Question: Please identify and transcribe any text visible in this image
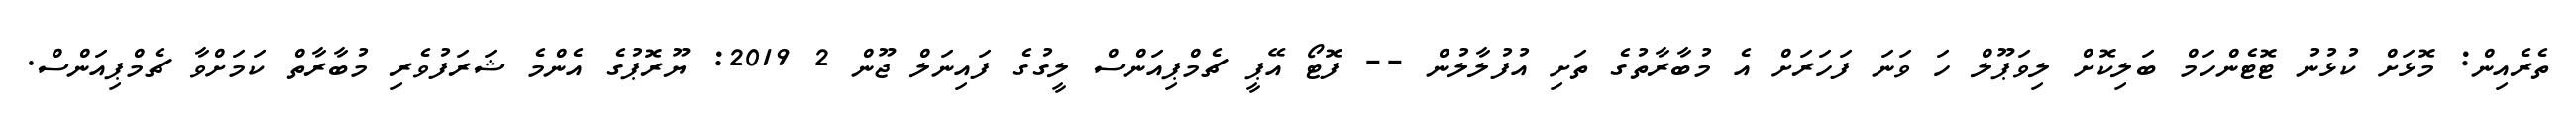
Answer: ތެރެއިން: މޮޅަށް ކުޅުނު ޓޮޓެންހަމް ބަލިކޮށް ލިވަޕޫލް ހަ ވަނަ ފަހަރަށް އެ މުބާރާތުގެ ތަށި އުފުލާލުން -- ފޮޓޯ އޭޕީ ޗެމްޕިއަންސް ލީގުގެ ފައިނަލް ޖޫން 2 2019: ޔޫރޮޕުގެ އެންމެ ޝަރަފުވެރި މުބާރާތް ކަމަށްވާ ޗެމްޕިއަންސް.